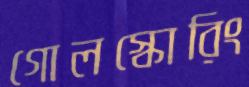
গোলস্কোরিং